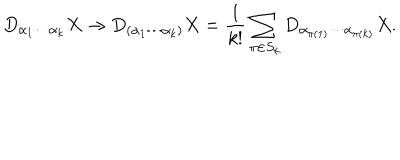
D _ { \alpha _ { 1 } \cdots \alpha _ { k } } X \to D _ { ( \alpha _ { 1 } \cdots \alpha _ { k } ) } X = \frac { 1 } { k ! } \sum _ { \pi \in S _ { k } } D _ { \alpha _ { \pi ( 1 ) } \cdots \alpha _ { \pi ( k ) } } X .